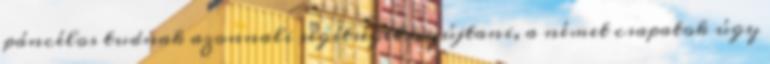
páncélos tudnak azonnali segítséget nyújtani, a német csapatok úgy